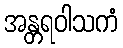
အန္တရဝါသကံ